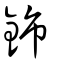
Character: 鉓